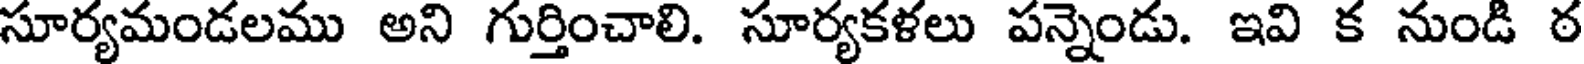
సూర్యమండలము అని గుర్తించాలి. సూర్యకళలు పన్నెండు. ఇవి క నుండి ఠ